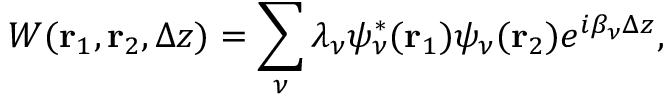
W ( { \bf r } _ { 1 } , { \bf r } _ { 2 } , \Delta z ) = \sum _ { \nu } \lambda _ { \nu } \psi _ { \nu } ^ { \ast } ( { \bf r } _ { 1 } ) \psi _ { \nu } ( { \bf r } _ { 2 } ) e ^ { i \beta _ { \nu } \Delta z } ,